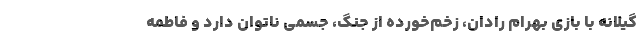
گيلانه با بازي بهرام رادان، زخم‌خورده از جنگ، جسمي ناتوان دارد و فاطمه